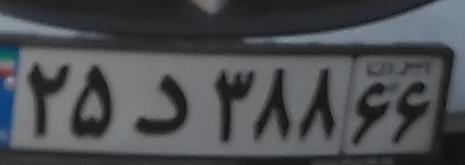
۲۵د۳۸۸۶۶